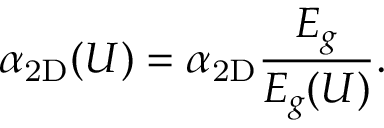
\alpha _ { \mathrm { 2 D } } ( U ) = \alpha _ { \mathrm { 2 D } } \frac { E _ { g } } { E _ { g } ( U ) } .